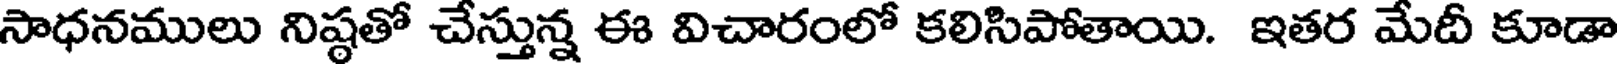
సాధనములు నిష్ఠతో చేస్తున్న ఈ విచారంలో కలిసిపోతాయి. ఇతర మేదీ కూడా